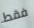
فقط